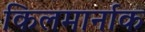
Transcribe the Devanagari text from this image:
किलमार्नाक